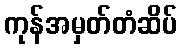
ကုန်အမှတ်တံဆိပ်